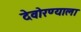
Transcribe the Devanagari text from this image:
देवोरण्याला